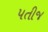
પતીજ